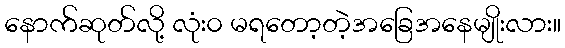
နောက်ဆုတ်လို့ လုံး၀ မရတော့တဲ့အခြေအနေမျိုးလား။